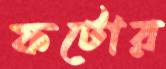
ফটোর